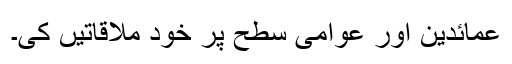
عمائدین اور عوامی سطح پر خود ملاقاتیں کی۔